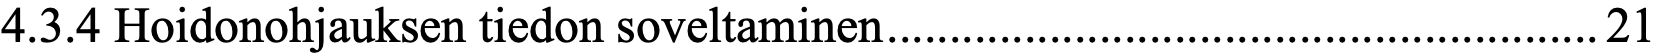
4.3.4 Hoidonohjauksen tiedon soveltaminen ......................................................... 21